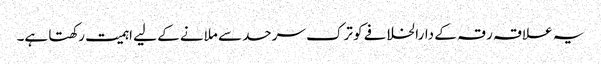
یہ علاقہ رقہ کے دارالخلافے کو ترک سرحد سے ملانے کے لیے اہمیت رکھتا ہے۔